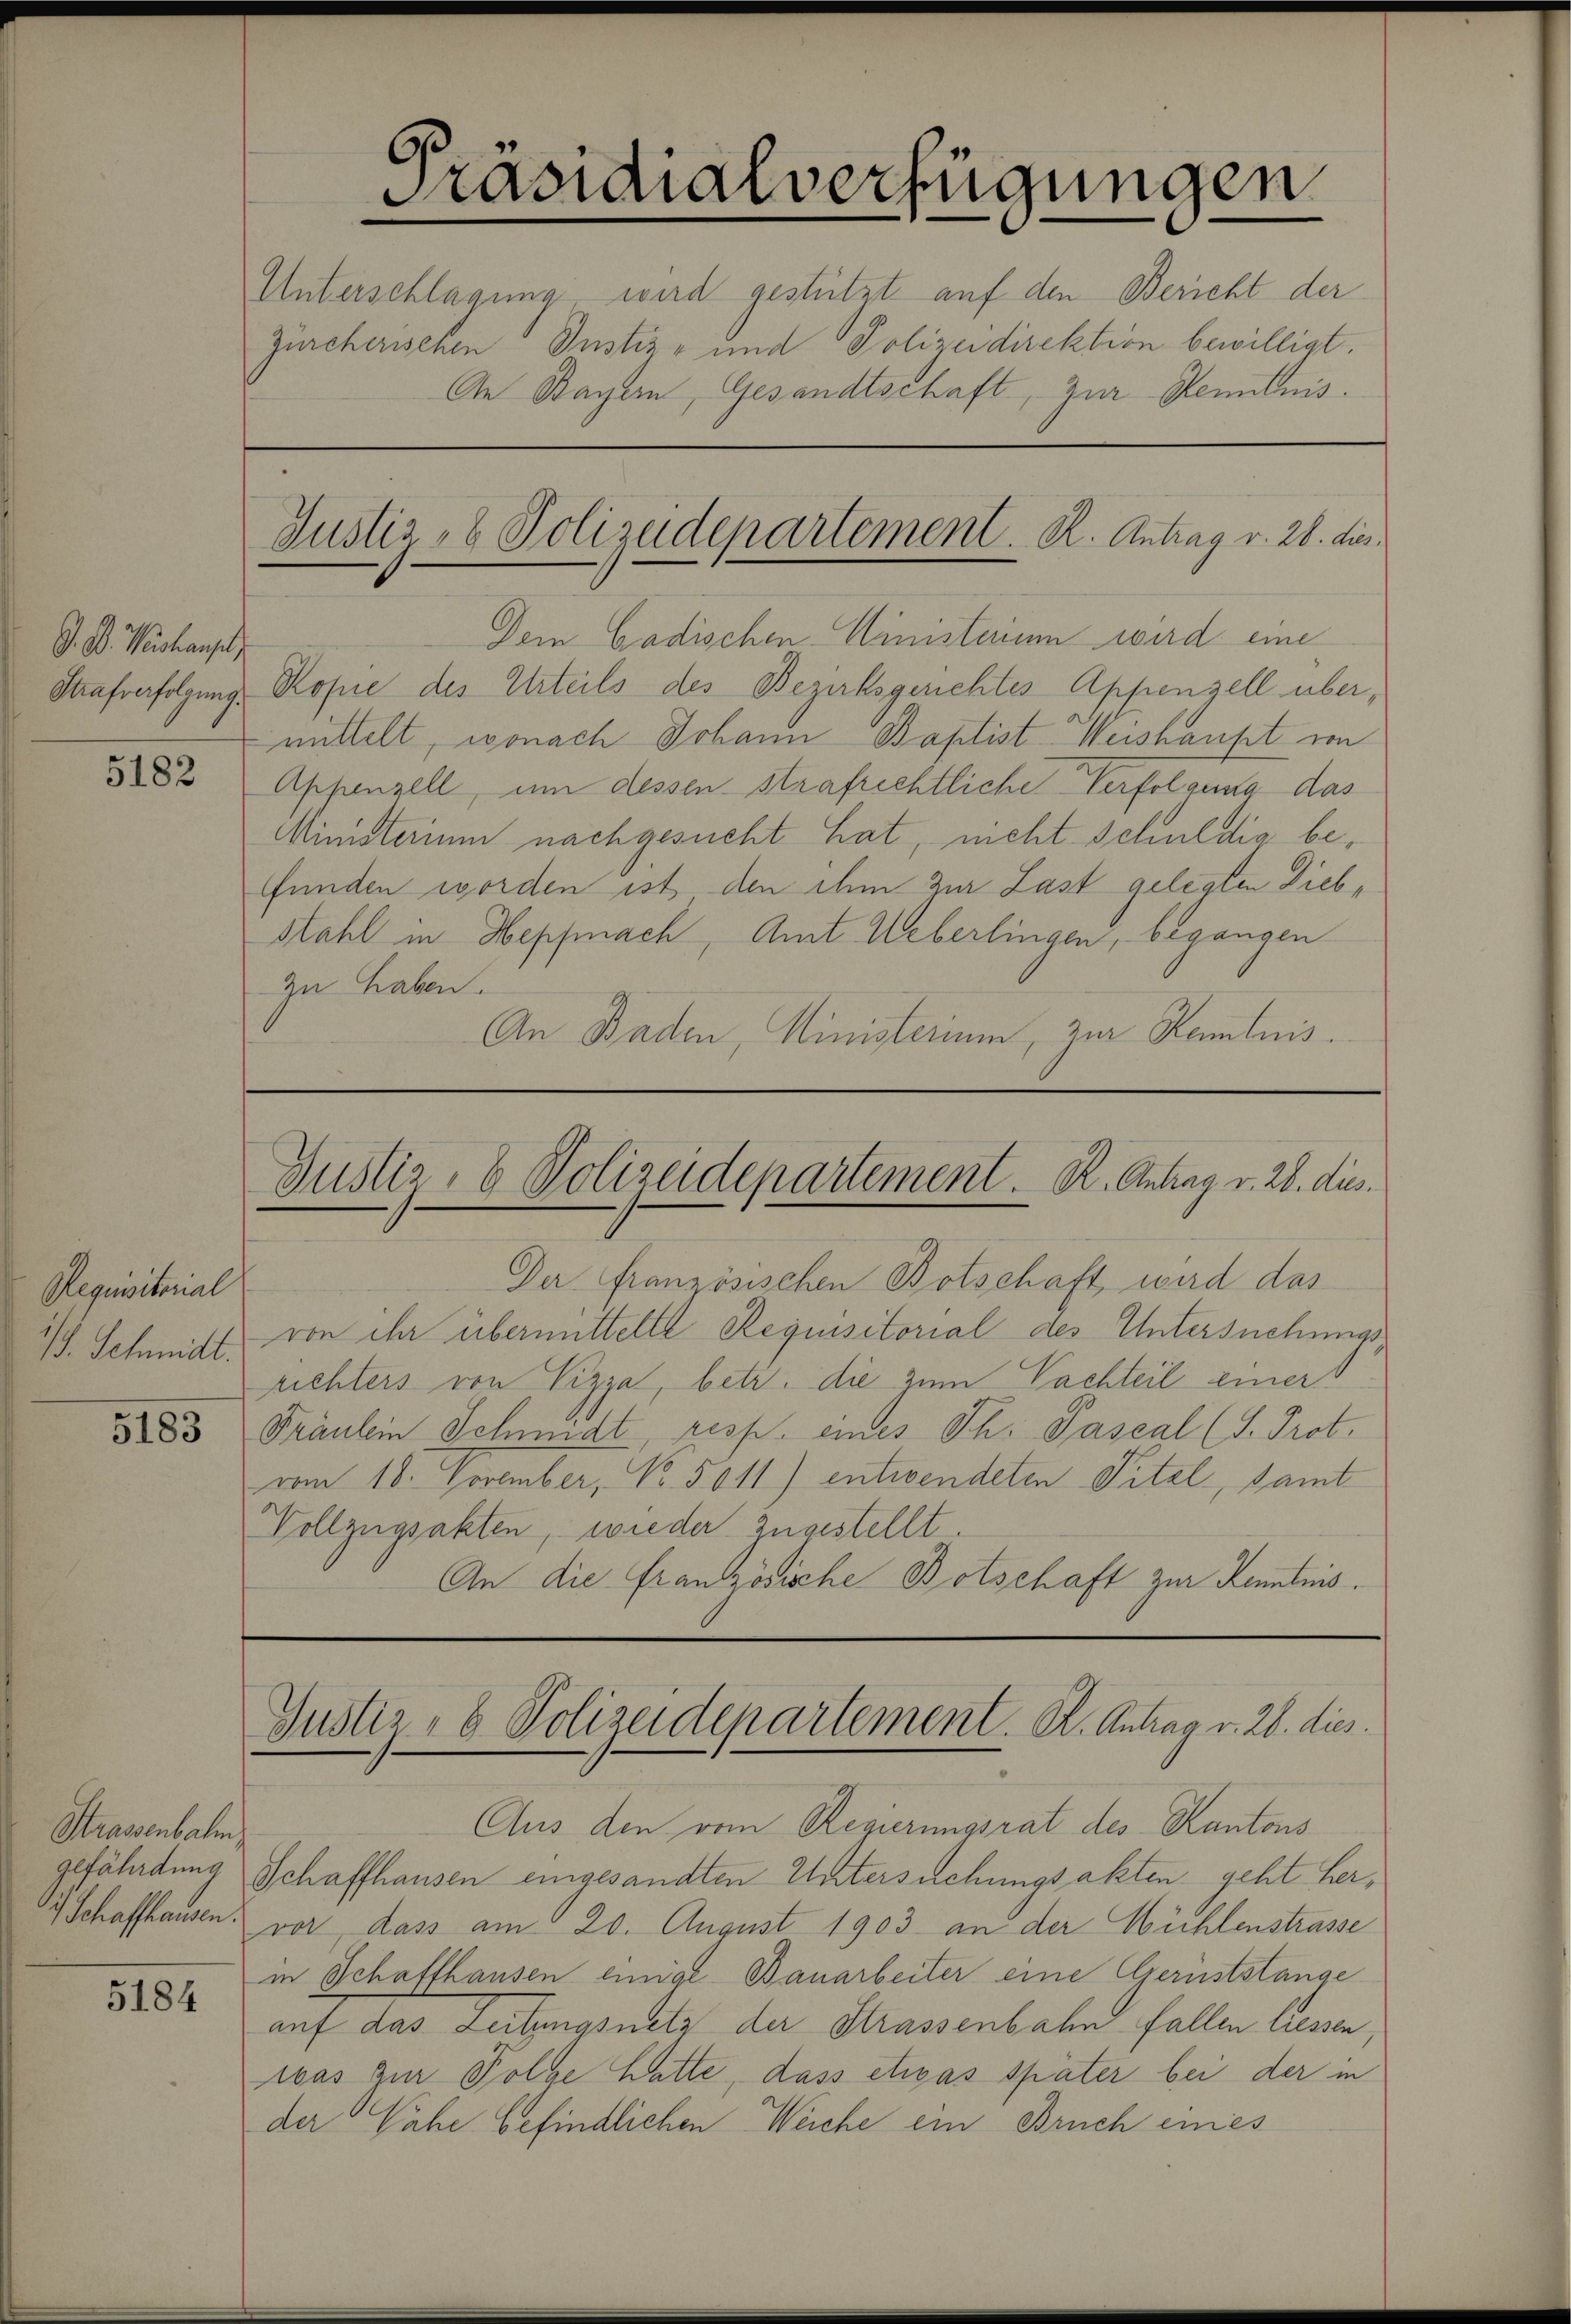
G. D. Weishausl
Strafverfolgung.

5182

Requisitorial
/. Schmidt.

5183

Strassenbalm
 Schaffhausen.

5184

Dem Cadischen Ministerium wird eine
Kopie des Urteils des Bezirksgerichtes Appenzell übermittelt, wonach Johann Baptist Weishaupt von
Appenzell, um dessen strafrichtliche Verfolgung das
Ministerium nachgesucht hat, nicht Schuldig befunden worden ist den ihm zur Last gelegten Dieb¬
Stahl in Hepfnach, Amt Ueberlingen, begangen
zu haben.
An Baden, Ministerium, zur Kenntnis.

Präsidialverfügungen
Unterschlagung wird gestützt auf den Bericht der
Zürcherischen Justiz- und Polizeidirektion bewilligt.
An Bayern, Gesandtschaft, zur Kenntnis.

Justiz- & Polizeidepartement. R. Antrag v. 28. dies

Der französischen Botschaft, wird das
von ihr übermittelte Requisitorial des Untersuchungsrichters von Pizza, betr. die zum Nachteil einer
Präulein Schmidt, resp. eines Th. Paseal (S. Prot.
vom 18. November, Nr. 5011) entwendeten Titel, samt
Vollzugsakten, wie der zugestellt.
An die Französische Botschaft zur Kenntnis.

Justiz- & Polizeidepartement. K. Antrag v. 28. dies

Justiz- & Polizeidepartement. K. Antrag v. 28. dies

Aus den vom Regierungsrat des Kantons
gefährdung Schaffhausen eingesandten Untersuchungsakten geht hervor, dass am 20. August 1903 an der Mühlenstrasse
in Schaffhausen einige Bauarbeiter eine Gernststange
auf das Leitungsnetz der Strassenbahn fallen liessen,
was zur Folge hatte, dass etwas später bei der in
der Vahe befindlichen Weiche ein Bruch eines